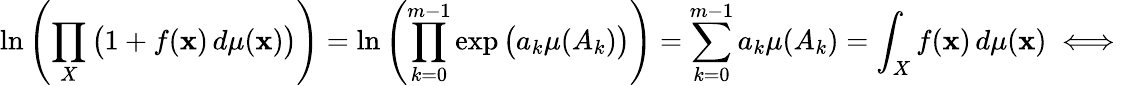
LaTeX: \ln\left(\prod_{X}{\big(}1+f(\mathbf{x})\, d\mu(\mathbf{x}){\big)}\right)=\ln\left(\prod_{k=0}^{m-1}\exp{\big(}a_{k}\mu(A_{k}){\big)}\right)=\sum_{k=0}^{m-1}a_{k}\mu(A_{k})=\int_{X}f(\mathbf{x})\, d\mu(\mathbf{x})\iff